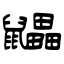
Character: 鼺